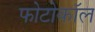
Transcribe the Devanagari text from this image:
फोटोकॉल